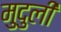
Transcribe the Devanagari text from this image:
मुदुली